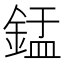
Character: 𬫢